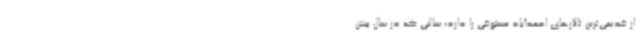
از قدیمی‌ترین تالارهای احمدآباد مستوفی را دارد؛ سالنی که در سال بیش